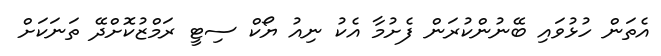
އެތަން ހުޅުވައި ބޭނުންކުރަން ފެށުމާ އެކު ނިއު ޔޯކް ސިޓީ ރަމްޒުކޮށްދޭ ތަނަކަށް